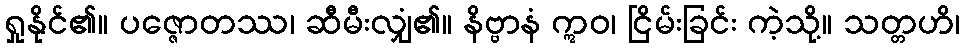
ရှုနိုင်၏။ ပဇ္ဇောတဿ၊ ဆီမီးလျှံ၏။ နိဗ္ဗာနံ ဣဝ၊ ငြိမ်းခြင်း ကဲ့သို့။ သတ္တဟိ၊